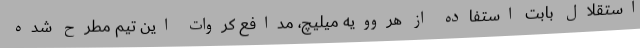
استقلال بابت استفاده از هروویه میلیچ، مدافع کروات این تیم مطرح شده